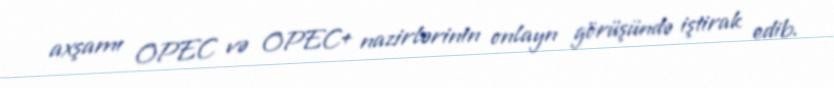
axşamı OPEC və OPEC+ nazirlərinin onlayn görüşündə iştirak edib.